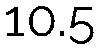
10.5